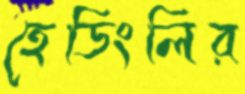
হেডিংলির